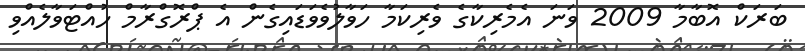
ބަރަކް އޮބާމާ 2009 ވަނަ އެމެރިކާގެ ވެރިކަމާ ހަވާލުވެވަޑައިގެން އެ ޕްރޮގްރާމް ހުއްޓަވާލެއްވި